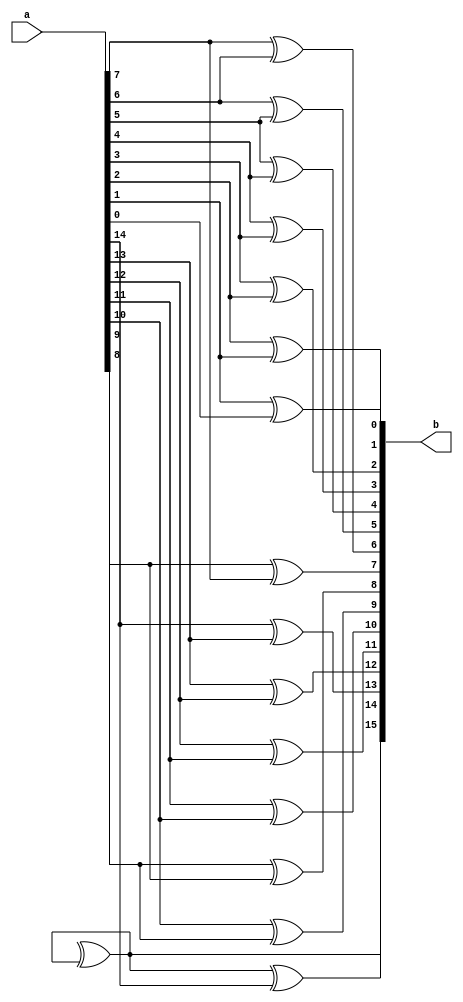
module Binary2GrayBit(input [15:0] a, output [15:0] b);
genvar i;
assign b[15] = a[15] ;
for(i=15;i>=0;i=i-1)
begin 
assign b[i] = a[i+1]^a[i] ; 
end

endmodule